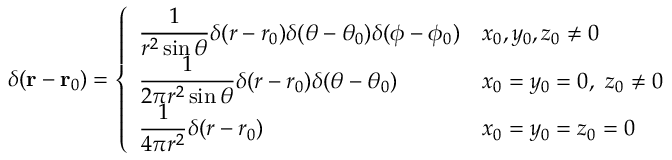
\delta ( \mathbf { r } - \mathbf { r } _ { 0 } ) = { \left\{ \begin{array} { l l } { \displaystyle { \frac { 1 } { r ^ { 2 } \sin \theta } } \delta ( r - r _ { 0 } ) \delta ( \theta - \theta _ { 0 } ) \delta ( \phi - \phi _ { 0 } ) } & { x _ { 0 } , y _ { 0 } , z _ { 0 } \neq 0 } \\ { \displaystyle { \frac { 1 } { 2 \pi r ^ { 2 } \sin \theta } } \delta ( r - r _ { 0 } ) \delta ( \theta - \theta _ { 0 } ) } & { x _ { 0 } = y _ { 0 } = 0 , \ z _ { 0 } \neq 0 } \\ { \displaystyle { \frac { 1 } { 4 \pi r ^ { 2 } } } \delta ( r - r _ { 0 } ) } & { x _ { 0 } = y _ { 0 } = z _ { 0 } = 0 } \end{array} \right. }